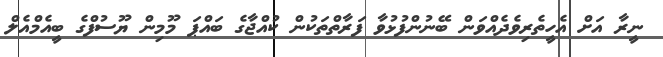
ނީރާ އަށް އެހީތެރިވެދެއްވަން ބޭނުންފުޅުވާ ފަރާތްތަކުން ކުއްޖާގެ ބައްޕަ މޫމިން ޔޫސުފްގެ ބީއެމްއެލް